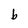
Character: b